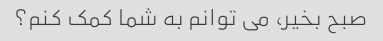
صبح بخیر، می توانم به شما کمک کنم؟